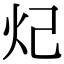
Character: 𬉺